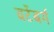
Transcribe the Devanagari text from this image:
वर्टेबर्ग